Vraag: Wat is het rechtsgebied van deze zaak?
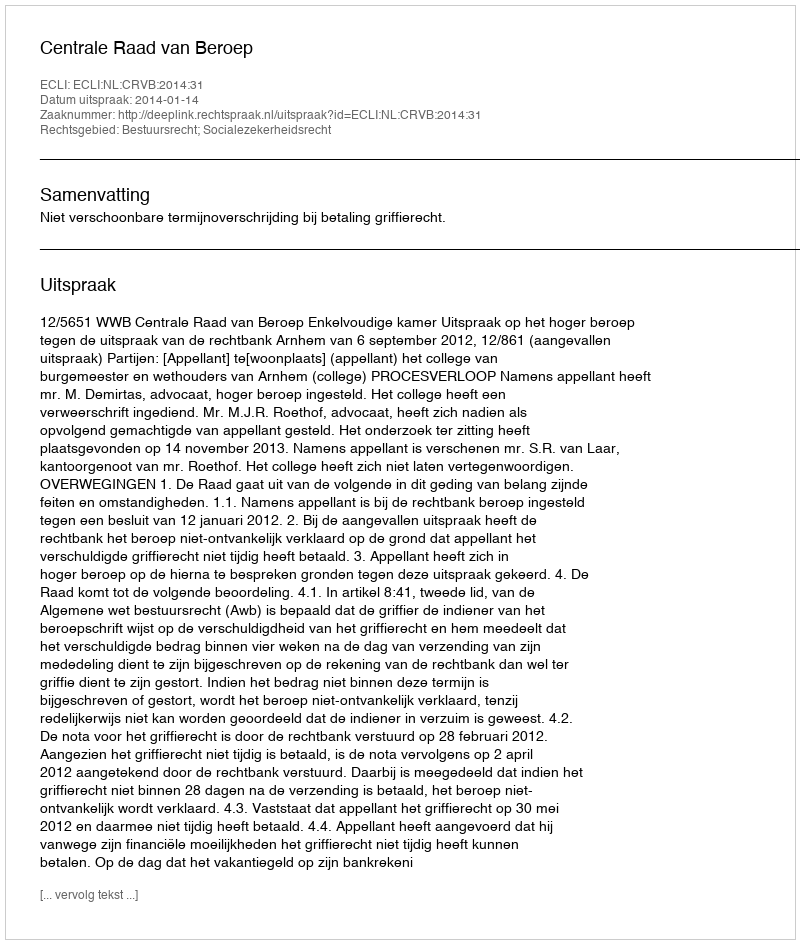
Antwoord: Bestuursrecht; Socialezekerheidsrecht